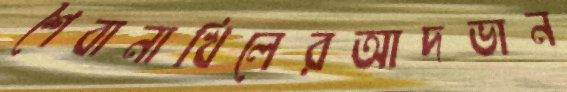
শৈবানাখিলেরআদভান